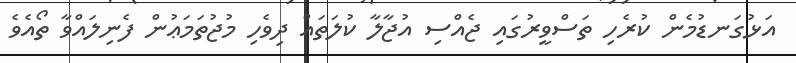
އަޅުގަނޑުމެން ކުރެހި ތަސްވީރުގައި ޖެއްސި އުޖާލާ ކުލަތައް ދިވެހި މުޖުތަމަޢުން ފެނިލައްވާ ތޯއެވެ